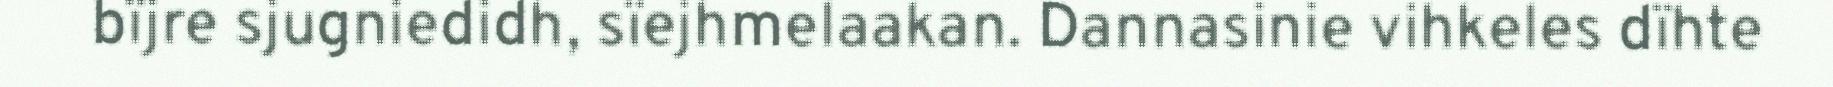
bïjre sjugniedidh, sïejhmelaakan. Dannasinie vihkeles dïhte